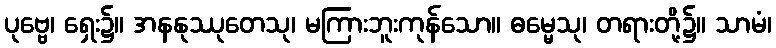
ပုဗ္ဗေ၊ ရှေး၌။ အနနုဿုတေသု၊ မကြားဘူးကုန်သော။ ဓမ္မေသု၊ တရားတို့၌။ သာမံ၊